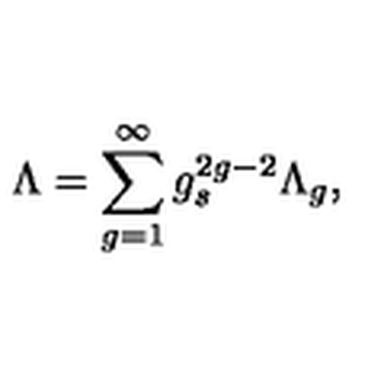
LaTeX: \Lambda = \sum _ { g = 1 } ^ { \infty } g _ { s } ^ { 2 g - 2 } \Lambda _ { g } ,